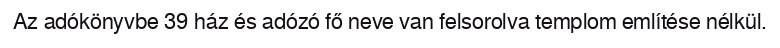
Az adókönyvbe 39 ház és adózó fő neve van felsorolva templom említése nélkül.